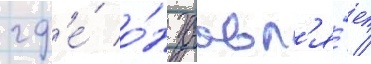
гд'е́ о́н заавл'я́ет /